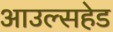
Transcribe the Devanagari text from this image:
आउल्सहेड